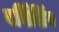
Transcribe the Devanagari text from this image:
बर्निशिंग